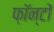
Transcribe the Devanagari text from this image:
फ़ॉन्टों